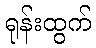
ရုန်းထွက်